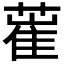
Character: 𦸏